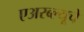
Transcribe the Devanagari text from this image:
एअरब्ल्यूचे